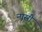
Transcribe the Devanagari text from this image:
नासौ